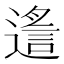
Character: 𨖈